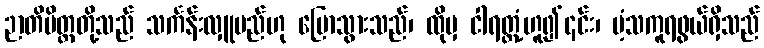
ဉာတိမိတ္တတို့သည် သင်္ကန်းလှူမည်ဟု ပြောသွားသည်၊ ထိုမှ ငါရတ္တံ့ဟူ၍၎င်း၊ ပံ့သကူရဖွယ်ရှိသည်